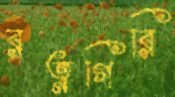
রত্নগিরি